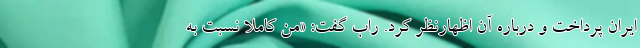
ایران پرداخت و درباره آن اظهارنظر کرد. راب گفت: «من کاملاً نسبت به